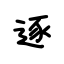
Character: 逐